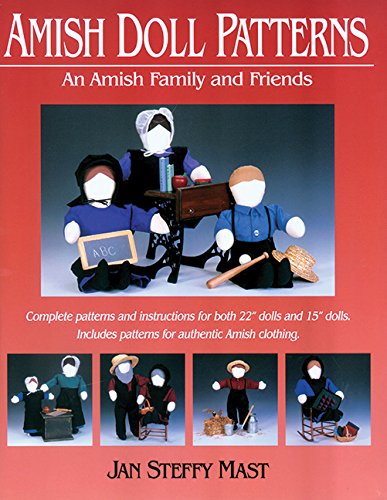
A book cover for Amish Doll Patterns: An Amish Family and Friends; Jan Steffy Mast; Christian Books & Bibles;